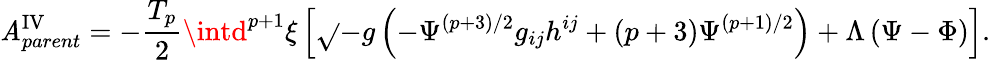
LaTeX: \mathit{A}_{parent}^{\mathrm{{IV}}}=-\frac{{T_{p}}}{{2}}\intd^{p+1}{\xi}\left[\sqrt{}{{-g}}\left(-{\Psi}^{(p+3)/2}g_{ij}h^{ij}+(p+3){\Psi}^{(p+1)/2}\right)+{\Lambda}\left({\Psi}-{\Phi}\right)\right].